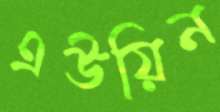
এউয়িন